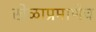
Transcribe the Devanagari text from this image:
खेळाप्रमाणेच